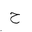
Letter: _ha